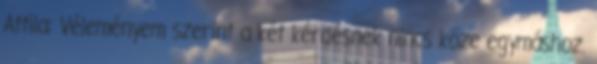
Attila: Véleményem szerint a két kérdésnek nincs köze egymáshoz.